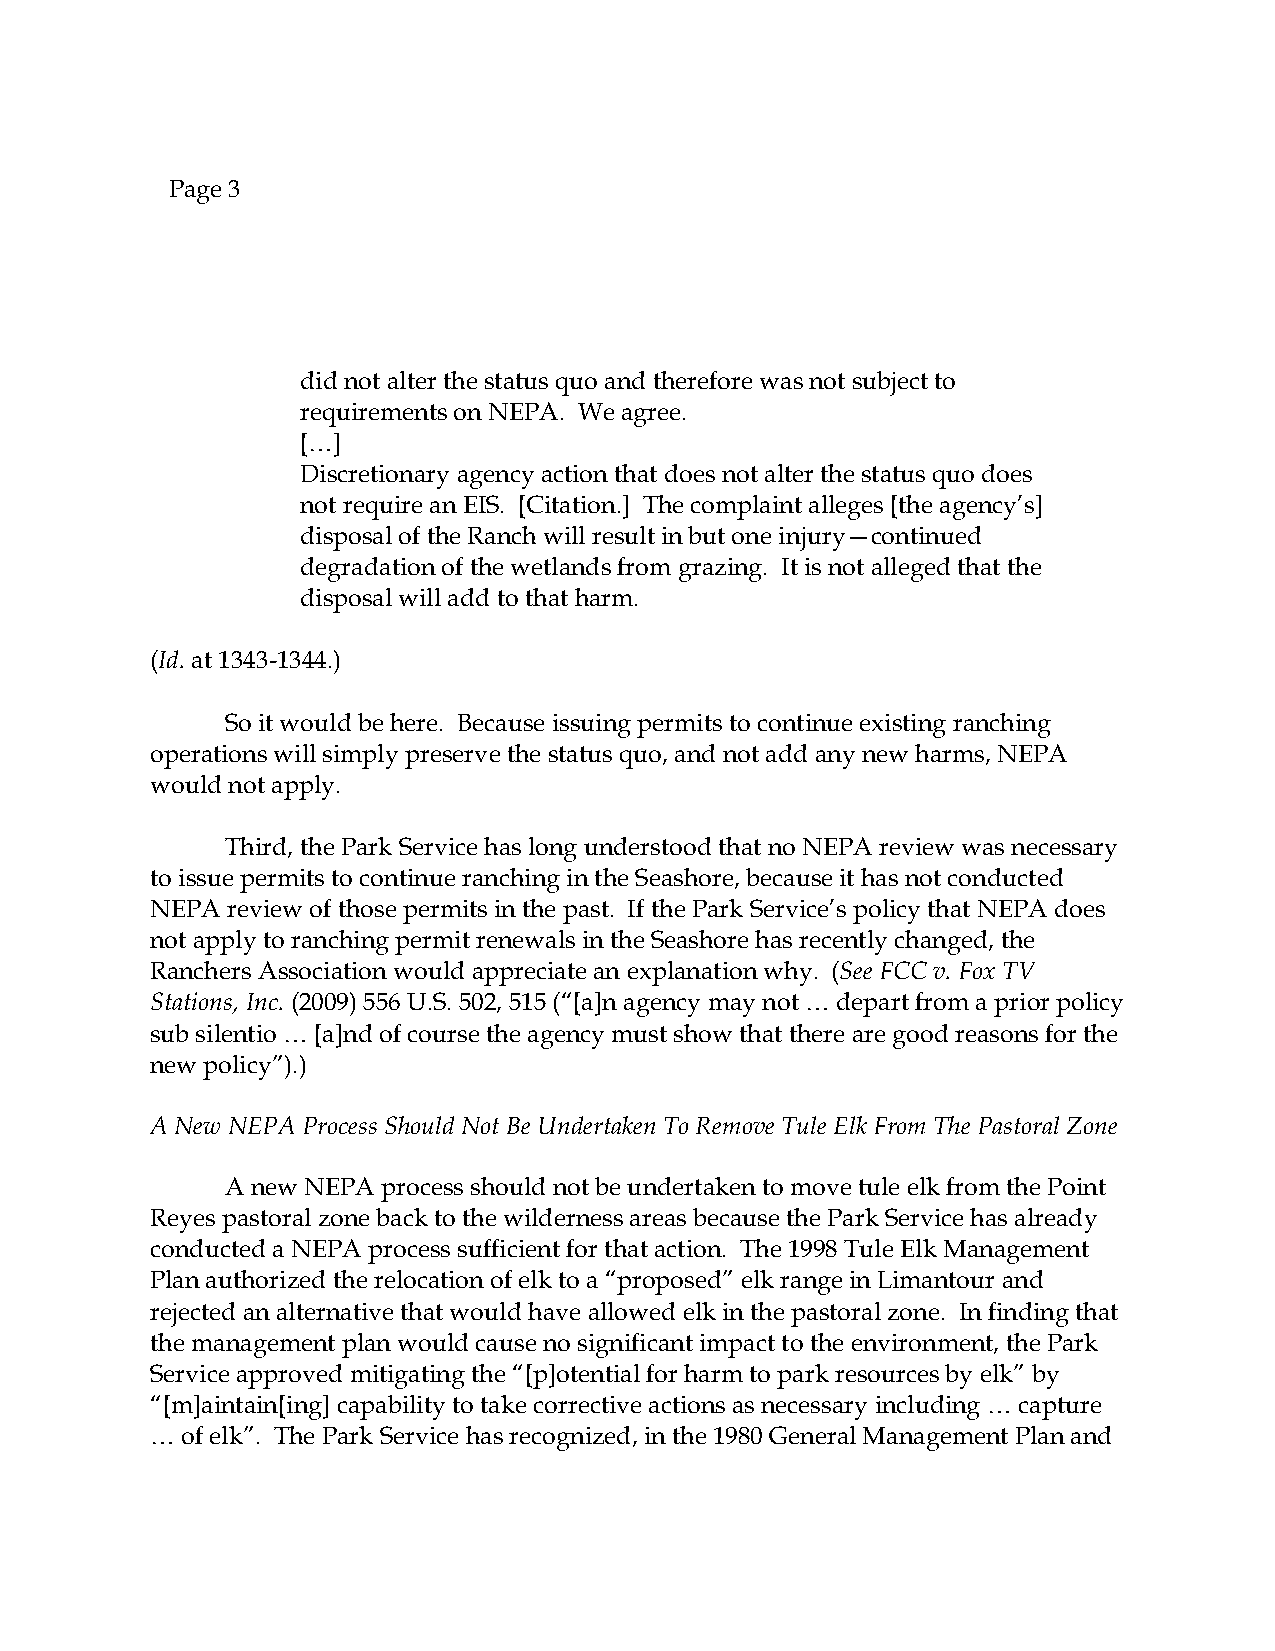
Page 3
 did not alter the status quo and therefore was not subject to
 requirements on NEPA. We agree.
 […]
 Discretionary agency action that does not alter the status quo does
 not require an EIS. [Citation.] The complaint alleges [the agency’s]
 disposal of the Ranch will result in but one injury—continued
 degradation of the wetlands from grazing. It is not alleged that the
 disposal will add to that harm.
 (Id. at 1343-1344.)
 So it would be here. Because issuing permits to continue existing ranching
 operations will simply preserve the status quo, and not add any new harms, NEPA
 would not apply.
 Third, the Park Service has long understood that no NEPA review was necessary
 to issue permits to continue ranching in the Seashore, because it has not conducted
 NEPA review of those permits in the past. If the Park Service’s policy that NEPA does
 not apply to ranching permit renewals in the Seashore has recently changed, the
 Ranchers Association would appreciate an explanation why. (See FCC v. Fox TV
 Stations, Inc. (2009) 556 U.S. 502, 515 (“[a]n agency may not … depart from a prior policy
 sub silentio … [a]nd of course the agency must show that there are good reasons for the
 new policy”).)
 A New NEPA Process Should Not Be Undertaken To Remove Tule Elk From The Pastoral Zone
 A new NEPA process should not be undertaken to move tule elk from the Point
 Reyes pastoral zone back to the wilderness areas because the Park Service has already
 conducted a NEPA process sufficient for that action. The 1998 Tule Elk Management
 Plan authorized the relocation of elk to a “proposed” elk range in Limantour and
 rejected an alternative that would have allowed elk in the pastoral zone. In finding that
 the management plan would cause no significant impact to the environment, the Park
 Service approved mitigating the “[p]otential for harm to park resources by elk” by
 “[m]aintain[ing] capability to take corrective actions as necessary including … capture
 … of elk”. The Park Service has recognized, in the 1980 General Management Plan and